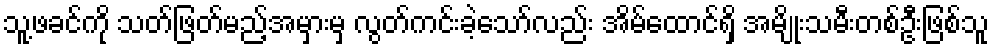
သူ့ဖခင်ကို သတ်ဖြတ်မည့်အမှားမှ လွတ်ကင်းခဲ့သော်လည်း အိမ်ထောင်ရှိ အမျိုးသမီးတစ်ဦးဖြစ်သူ